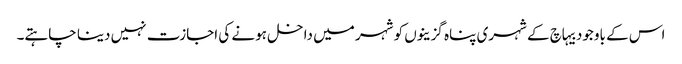
اس کے باوجود بیہاچ کے شہری پناہ گزینوں کو شہر میں داخل ہونے کی اجازت نہیں دینا چاہتے۔